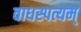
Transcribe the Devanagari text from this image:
वाधस्पत्यम्